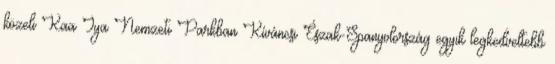
közeli Kaa Iya Nemzeti Parkban Kíváncsi Észak-Spanyolország egyik legkedveltebb